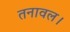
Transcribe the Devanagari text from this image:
तनावल।